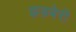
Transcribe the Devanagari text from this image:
झड़बेरी